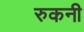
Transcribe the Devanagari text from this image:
रुकनी